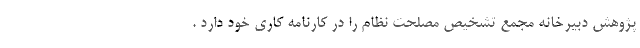
پژوهش دبیرخانه مجمع تشخیص مصلحت نظام را در کارنامه کاری خود دارد .